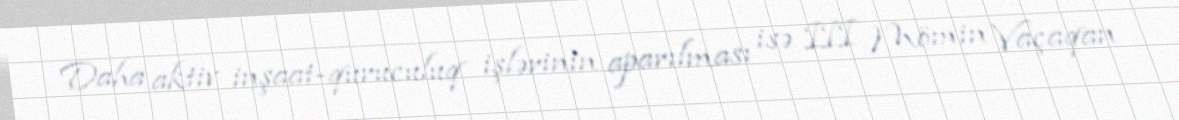
Daha aktiv inşaat-quruculuq işlərinin aparılması isə III Mömin Vaçaqan